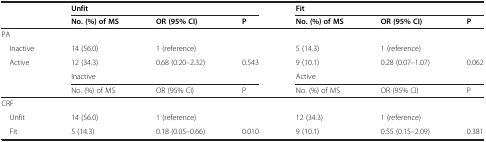
<table><thead><tr><td><b> </b></td><td><b>Unfit</b></td><td><b> </b></td><td><b> </b></td><td colspan="3"><b>Fit</b></td></tr><tr><td><b> </b></td><td><b>No. (%) of MS</b></td><td><b>OR (95% CI)</b></td><td><b>P</b></td><td><b>No. (%) of MS</b></td><td><b>OR (95% CI)</b></td><td><b>P</b></td></tr></thead><tbody><tr><td>PA</td><td> </td><td> </td><td> </td><td> </td><td> </td><td> </td></tr><tr><td> Inactive</td><td>14 (56.0)</td><td>1 (reference)</td><td> </td><td>5 (14.3)</td><td>1 (reference)</td><td> </td></tr><tr><td> Active</td><td>12 (34.3)</td><td>0.68 (0.20–2.32)</td><td>0.543</td><td>9 (10.1)</td><td>0.28 (0.07–1.07)</td><td>0.062</td></tr><tr><td> </td><td>Inactive</td><td> </td><td> </td><td>Active</td><td> </td><td> </td></tr><tr><td> </td><td>No. (%) of MS</td><td>OR (95% CI)</td><td>P</td><td>No. (%) of MS</td><td>OR (95% CI)</td><td>P</td></tr><tr><td>CRF</td><td> </td><td> </td><td> </td><td> </td><td> </td><td> </td></tr><tr><td> Unfit</td><td>14 (56.0)</td><td>1 (reference)</td><td> </td><td>12 (34.3)</td><td>1 (reference)</td><td> </td></tr><tr><td> Fit</td><td>5 (14.3)</td><td>0.18 (0.05–0.66)</td><td>0.010</td><td>9 (10.1)</td><td>0.55 (0.15–2.09)</td><td>0.381</td></tr></tbody></table>